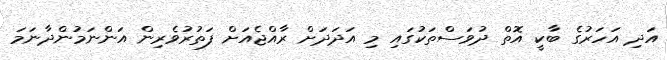
އަދި އަހަރުގެ ބާކީ އޮތް ދުވަސްތަކުގައި މި އަދަދަށް ރާއްޖެއަށް ފަތުރުވެރިން އަންނަމުންދާނަމަ